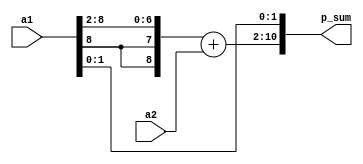
`timescale 1ns / 1ps
module adder#(parameter DATA_WIDTH_2 = 8)(
    input  [DATA_WIDTH_2:0]a1,
	input  [DATA_WIDTH_2:0]a2,
    output [DATA_WIDTH_2+2:0]p_sum
); 
    wire [DATA_WIDTH_2+1:0] temp_sum = {a1[DATA_WIDTH_2],a1[DATA_WIDTH_2],a1[DATA_WIDTH_2:2]} + a2[DATA_WIDTH_2:0];
	
	assign p_sum = {temp_sum,a1[1:0]};
			
		endmodule